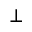
\perp